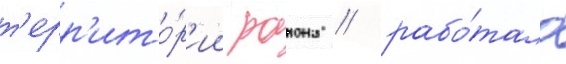
т'ерр'ито́р'ии раиона / рабо́тало